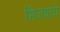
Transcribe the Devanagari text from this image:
भिजवाये